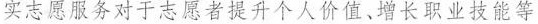
实志愿服务对于志愿者提升个人价值、增长职业技能等